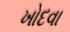
ખોદવા